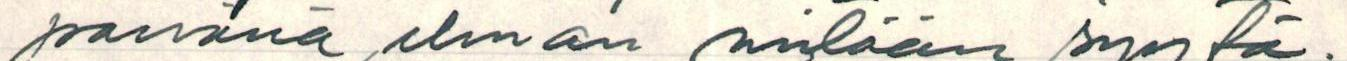
päivänä ilman mitään syytä.